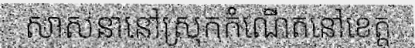
សាសនានៅស្រុកកំណើតនៅខេត្ត